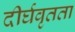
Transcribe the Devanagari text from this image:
दीर्घवृतता